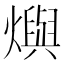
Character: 𤑉